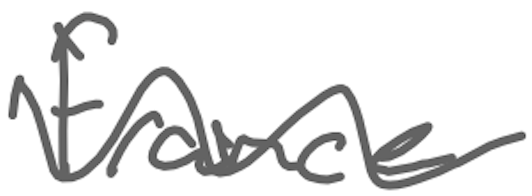
Text: France
Cross-out: wave
Writing tool: digital_gray